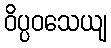
ဝိပ္ပဝသေယျ